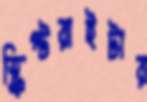
স্ক্রিপ্টরাইটার